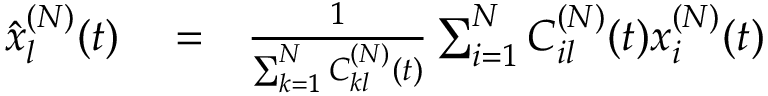
\begin{array} { r l r } { \hat { x } _ { l } ^ { ( N ) } ( t ) } & { { } = } & { \frac { 1 } { \sum _ { k = 1 } ^ { N } C _ { k l } ^ { ( N ) } ( t ) } \sum _ { i = 1 } ^ { N } C _ { i l } ^ { ( N ) } ( t ) x _ { i } ^ { ( N ) } ( t ) } \end{array}